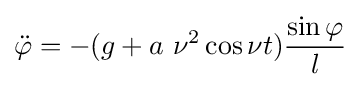
{\ddot {\varphi }}=-(g+a~\nu ^{2}\cos \nu t){\frac {\sin \varphi }{l}}